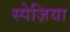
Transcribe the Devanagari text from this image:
स्पेज़िया